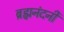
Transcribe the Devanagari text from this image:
ब्रह्मनंदनी